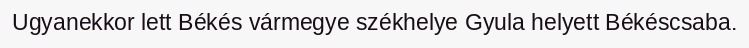
Ugyanekkor lett Békés vármegye székhelye Gyula helyett Békéscsaba.